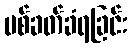
ပစ်ခတ်ခံရခြင်း